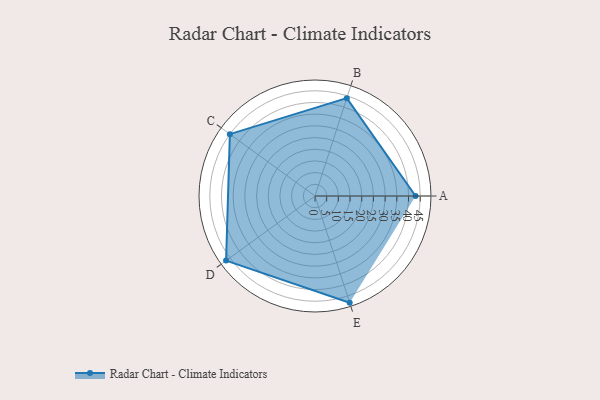
{"axis": {"x": "Skill", "y": "Score"}, "legend": ["Profile"], "data": [{"x": "A", "y": 43.0, "type": "Profile"}, {"x": "B", "y": 44.0, "type": "Profile"}, {"x": "C", "y": 45.0, "type": "Profile"}, {"x": "D", "y": 47.0, "type": "Profile"}, {"x": "E", "y": 48.0, "type": "Profile"}]}